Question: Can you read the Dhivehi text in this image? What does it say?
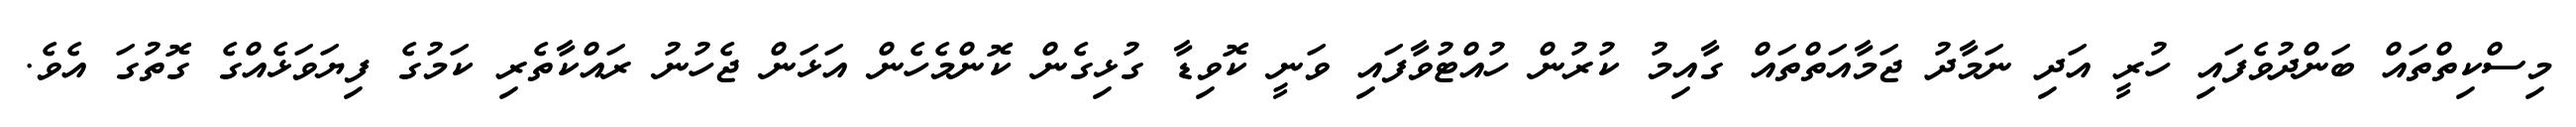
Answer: މިސްކިތްތައް ބަންދުވެފައި ހުރީ އަދި ނަމާދު ޖަމާއަތްތައް ގާއިމު ކުރުން ހުއްޓުވާފައި ވަނީ ކޮވިޑާ ގުޅިގެން ކޮންމެހެން އަޅަން ޖެހުނު ރައްކާތެރި ކަމުގެ ފިޔަވަޅެއްގެ ގޮތުގަ އެވެ.